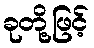
ခုတို့ဖြင့်